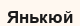
Янькюй